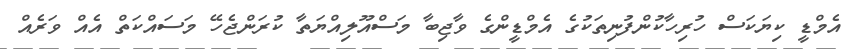
އެމްޑީ ކިޔަކަސް ހުރިހާކުންފުނިތަކުގެ އެމްޑީންގެ ވާޖިބާ މަސްއޫލިއްޔަތާ ކުރަންޖެހޭ މަސައްކަތް އެއް ވަރެއް